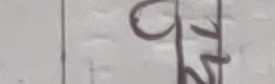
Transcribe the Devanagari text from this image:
८